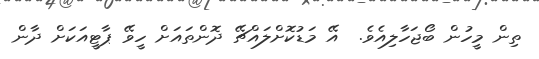
ތިން މީހުން ބޯޖަހާލިއެވެ.  އޭ މަޑުކޮށްލައްޗޭ ދޮންތައަށް ހީވޭ ޕާޓީއަކަށް ދާން